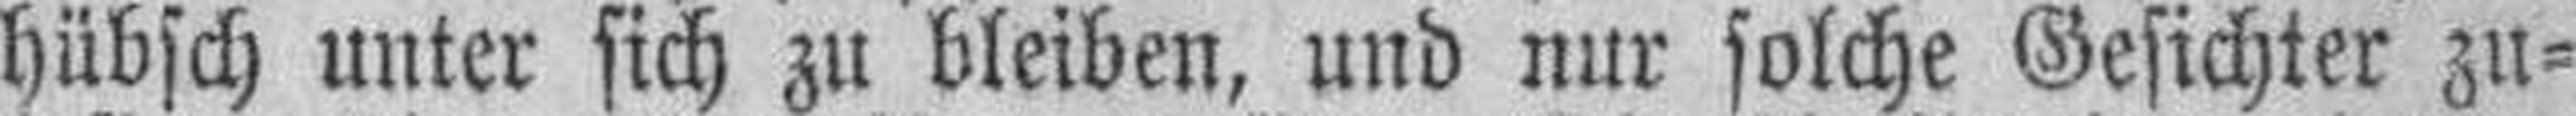
hübsch unter sich zu bleiben, und nur solche Gesichter zu¬